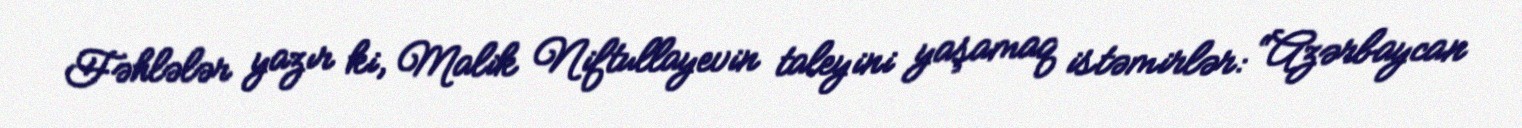
Fəhlələr yazır ki, Malik Niftullayevin taleyini yaşamaq istəmirlər: “Azərbaycan